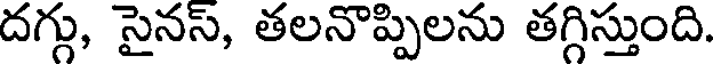
దగ్గు, సైనస్, తలనొప్పిలను తగ్గిస్తుంది.